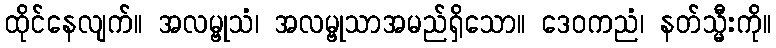
ထိုင်နေလျက်။ အလမ္ဗုသံ၊ အလမ္ဗုသာအမည်ရှိသော။ ဒေဝကညံ၊ နတ်သ္မီးကို။